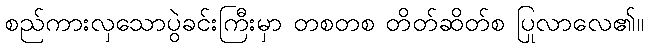
စည်ကားလှသောပွဲခင်းကြီးမှာ တစတစ တိတ်ဆိတ်စ ပြုလာလေ၏။